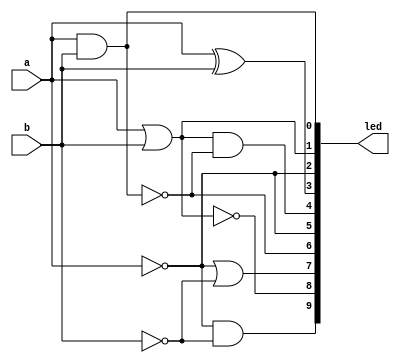
//----------------------------------------------------------------------------
//
//  Exercise   1. Simple combinational logic
//
//   1.   
//
//----------------------------------------------------------------------------

//----------------------------------------------------------------------------
//
//  Method 1. Using continuous assignments
//
//    1.    
//
//----------------------------------------------------------------------------

module top
(
    input        a,   //  
    input        b,   //  
    output [9:0] led  // 
);

    // Basic gates AND, OR and NOT
    
    //    , , 

    assign led [0] = a & b;
    assign led [1] = a | b;
    assign led [2] = ~ a;
    
    // XOR gates (useful for adders, comparisons,
    // parity and control sum calculation)

    //     (  ,
    // ,     )

    assign led [3] = a ^ b;

    // Building XOR only using AND, OR and NOT
    
    //  XOR   , , 

    assign led [4] = (a | b) & ~ (a & b);

    // Building NOT by XORing with 1
    
    //  ,     

    assign led [5] = a ^ 1'b1;

    // De Morgan law illustration
    
    //    

    assign led [6] = ~ ( a &   b ) ;
    assign led [7] = ~   a | ~ b   ;
    assign led [8] = ~ ( a |   b ) ;
    assign led [9] = ~   a & ~ b   ;
    
endmodule

//----------------------------------------------------------------------------
//
//  Method 2. Using always-blocks and blocking assignments
//
//    2.  always-   
//  (blocking assignments)
//
//----------------------------------------------------------------------------

module top_2
(
    input            a,
    input            b,
    output reg [9:0] led
);

    always @*
    begin
        led [0] = a & b;
        led [1] = a | b;
        led [2] = ~ a;
    
        led [3] = a ^ b;

        led [4] = (a | b) & ~ (a & b);
        led [5] = a ^ 1'b1;

        led [6] = ~ ( a &   b ) ;
        led [7] = ~   a | ~ b   ;
        led [8] = ~ ( a |   b ) ;
        led [9] = ~   a & ~ b   ;
    end

endmodule

//----------------------------------------------------------------------------
//
//  Method 3. Using built-in primitives and, or, not, xor
//
//    3.    and, or, not, xor
//
//----------------------------------------------------------------------------

module top_3
(
    input        a,
    input        b,
    output [9:0] led
);

    and  and_1  (led [0], a, b);
    or   or_1   (led [1], a, b);
    not  not_3  (led [2], a);
    xor  xor_1  (led [3], a, b);

    // led [4] = (a | b) & ~ (a & b)

    wire w1, w2, w3;
    
    or   or_2   (w1, a, b);
    and  and_2  (w2, a, b);
    not  not_4  (w3, w2);
    and  and_3  (led [4], w1, w3);

    // led [5] = a ^ 1'b1

    xor  xor_2  (led [5], a, 1'b1);

    // led [6] = ~ (a & b)

    wire w4;

    and  and_4  (w4, a, b);
    not  not_5  (led [6], w4);
    
    // led [7] = ~ a | ~ b  

    wire w5, w6;

    not  not_6  (w5, a);
    not  not_7  (w6, b);
    or   or_3   (led [7], w5, w6);

    // led [8] = ~ (a | b)

    wire w7;

    or   or_4   (w7, a, b);
    not  not_8  (led [8], w7);

    // led [9] = ~ a & ~ b

    wire w8, w9;

    not  not_9  (w8, a);
    not  not_10 (w9, b);
    and  and_5  (led [9], w8, w9);

endmodule